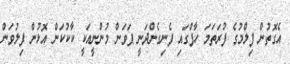
އެގޮތުން ފިލްމުގެ ފުރަތަމަ ހާފްގައި ފެނިގެންދަނީ ޕަވަން މުންނީއަކީ ކާކުކަން އޮޅުން ފިލުވަން